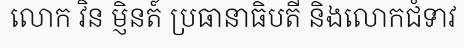
លោក វិន ម្ញិនត៍ ប្រធានាធិបតី និងលោកជំទាវ